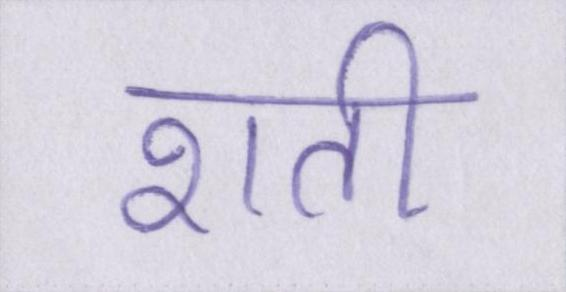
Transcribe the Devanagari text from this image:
शती